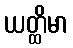
ယတ္ထိမာ